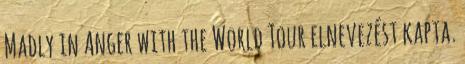
Madly in Anger with the World Tour elnevezést kapta.